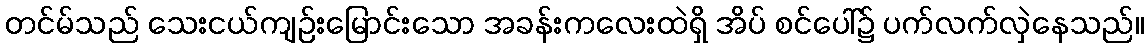
တင်မ်သည် သေးငယ်ကျဉ်းမြောင်းသော အခန်းကလေးထဲရှိ အိပ် စင်ပေါ်၌ ပက်လက်လှဲနေသည်။